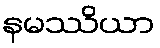
နမဿိယာ